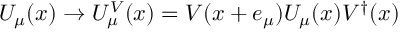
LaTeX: U _ { \mu } ( x ) \rightarrow U _ { \mu } ^ { V } ( x ) = V ( x + e _ { \mu } ) U _ { \mu } ( x ) V ^ { \dagger } ( x )